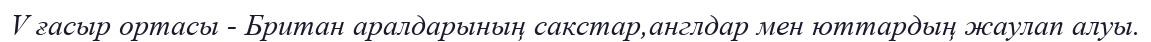
V ғасыр ортасы - Британ аралдарының сакстар,англдар мен юттардың жаулап алуы.